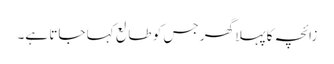
زائچہ کا پہلا گھر جس کو طالع کہا جاتا ہے۔